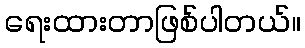
ရေးထားတာဖြစ်ပါတယ်။